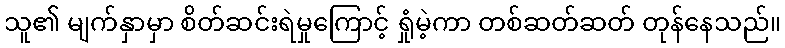
သူ၏ မျက်နှာမှာ စိတ်ဆင်းရဲမှုကြောင့် ရှုံမဲ့ကာ တစ်ဆတ်ဆတ် တုန်နေသည်။